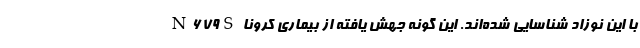
با این نوزاد شناسایی شده‌اند. این گونه جهش یافته از بیماری کرونا N۶۷۹S